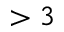
> 3